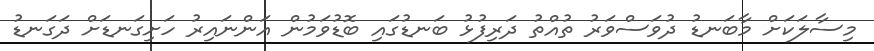
މިސާލަކަށް މާބަނޑު ދުވަސްވަރު ތުއްތު ދަރިފުޅު ބަނޑުގައި ބޮޑުވަމުން އަންނައިރު ހަށިގަނޑަށް ދަގަނޑު